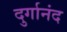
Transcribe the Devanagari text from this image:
दुर्गानंद